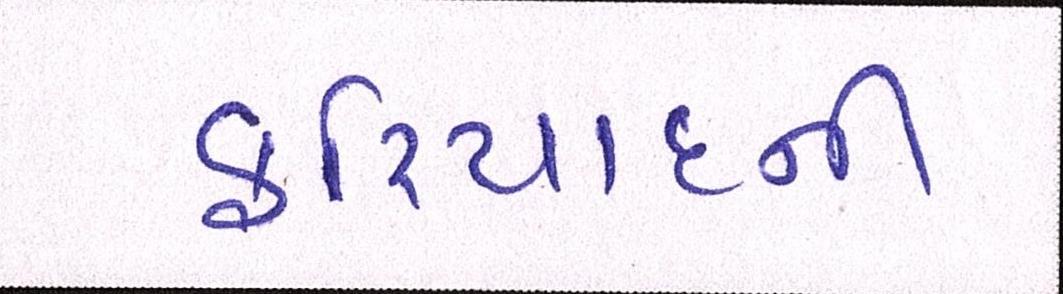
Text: ફરિયાદની